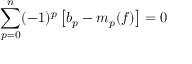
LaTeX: \sum _ { p = 0 } ^ { n } ( - 1 ) ^ { p } \left[ b _ { p } - m _ { p } ( f ) \right] = 0